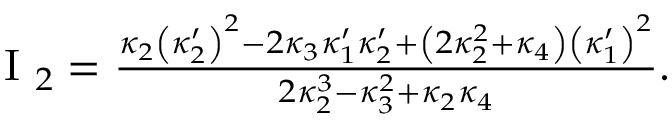
\begin{array} { r } { \mathrm { ~ I ~ } _ { 2 } = \frac { \kappa _ { 2 } \left( \kappa _ { 2 } ^ { \prime } \right) ^ { 2 } - 2 \kappa _ { 3 } \kappa _ { 1 } ^ { \prime } \kappa _ { 2 } ^ { \prime } + \left( 2 \kappa _ { 2 } ^ { 2 } + \kappa _ { 4 } \right) \left( \kappa _ { 1 } ^ { \prime } \right) ^ { 2 } } { 2 \kappa _ { 2 } ^ { 3 } - \kappa _ { 3 } ^ { 2 } + \kappa _ { 2 } \kappa _ { 4 } } . } \end{array}